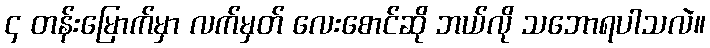
၄ တန်းမြောက်မှာ လက်မှတ် လေးစောင်ဆို ဘယ်လို သဘောရပါသလဲ။